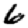
Digit: 6